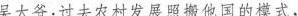
吴大爷:过去农村发展照搬他国的模式，